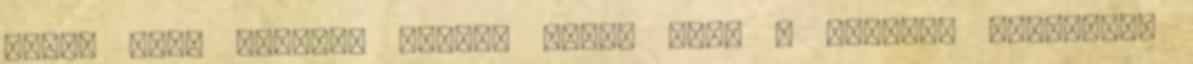
volt, neki kellett lennie Vagy. nem? - Szóval. valóságos